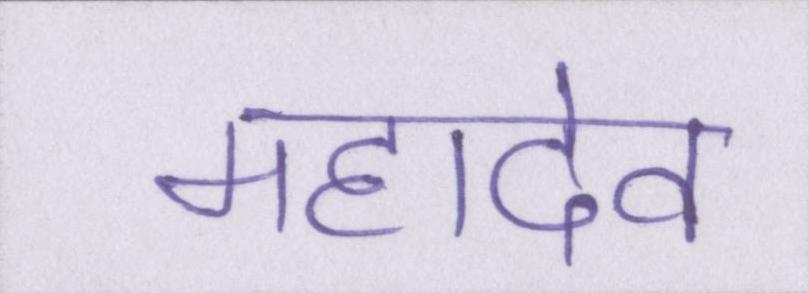
महादेव